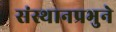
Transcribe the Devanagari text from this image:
संस्थानप्रभुने